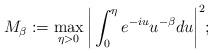
LaTeX: \begin{align*}M_\beta:= \max_{\eta > 0}\bigg|\displaystyle\int_0^\eta e^{-iu} u^{-\beta} du \bigg|^2;\end{align*}